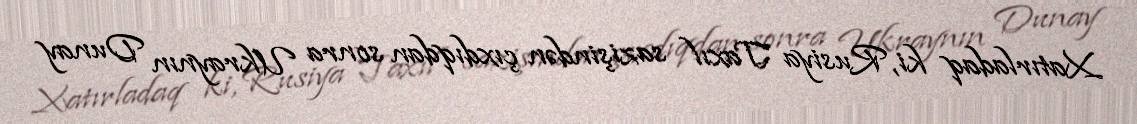
Xatırladaq ki, Rusiya Taxıl sazişindən çıxdıqdan sonra Ukraynın Dunay